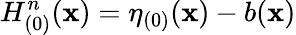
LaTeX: H_{(0)}^{n}(\mathbf{x})=\eta_{(0)}(\mathbf{x})-b(\mathbf{x})